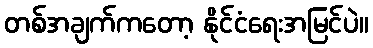
တစ်အချက်ကတော့ နိုင်ငံရေးအမြင်ပဲ။